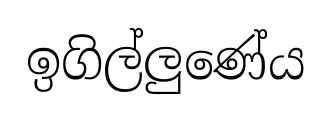
ඉගිල්ලුණේය